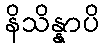
နိသိန္နာပိ